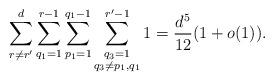
LaTeX: \begin{align*}\sum_{r \ne r'}^d \sum_{q_1=1}^{r-1} \sum_{p_1=1}^{q_1-1} \sum_{\substack{q_3=1 \\ q_3 \ne p_1, q_1}}^{r'-1}1= \frac{d^5}{12}(1+o(1)).\end{align*}